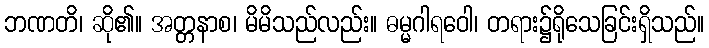
ဘဏတိ၊ ဆို၏။ အတ္တနာစ၊ မိမိသည်လည်း။ ဓမ္မဂါရဝေါ၊ တရား၌ရိုသေခြင်းရှိသည်။